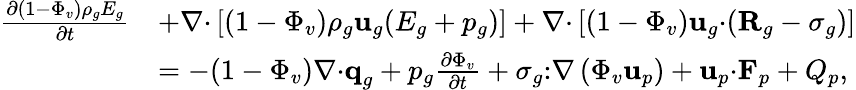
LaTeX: \begin{array}{rl}{\frac{\partial(1-\Phi_{v})\rho_{g}E_{g}}{\partial t}}&{+\nabla\mathbf{\cdot}\left[(1-\Phi_{v})\rho_{g}\textbf{u}_{g}(E_{g}+p_{g})\right]+\nabla\mathbf{\cdot}\left[(1-\Phi_{v})\textbf{u}_{g}\mathbf{\cdot}(\textbf{R}_{g}-\mathbf{\sigma}_{g})\right]}\\ &{=-(1-\Phi_{v})\nabla\mathbf{\cdot}\textbf{q}_{g}+p_{g}\frac{\partial\Phi_{v}}{\partial t}+\mathbf{\sigma}_{g}\mathbf{:}\nabla\left(\Phi_{v}\textbf{u}_{p}\right)+\textbf{u}_{p}\mathbf{\cdot}\textbf{F}_{p}+Q_{p},}\end{array}